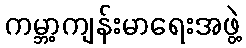
ကမ္ဘာ့ကျန်းမာရေးအဖွဲ့